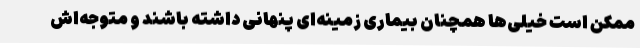
ممکن است خیلی‌ها همچنان بیماری زمینه‌ای پنهانی داشته باشند و متوجه‌اش